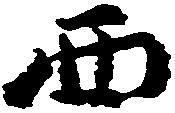
西